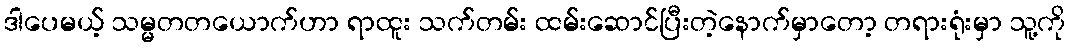
ဒါပေမယ့် သမ္မတတယောက်ဟာ ရာထူး သက်တမ်း ထမ်းဆောင်ပြီးတဲ့နောက်မှာတော့ တရားရုံးမှာ သူ့ကို